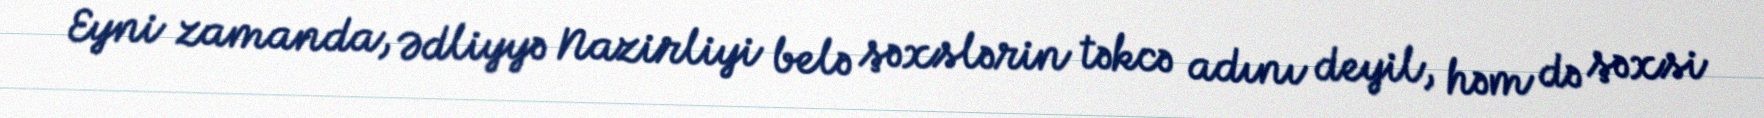
Eyni zamanda, Ədliyyə Nazirliyi belə şəxslərin təkcə adını deyil, həm də şəxsi